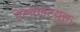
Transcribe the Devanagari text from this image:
ऐल्बाइटयुक्त